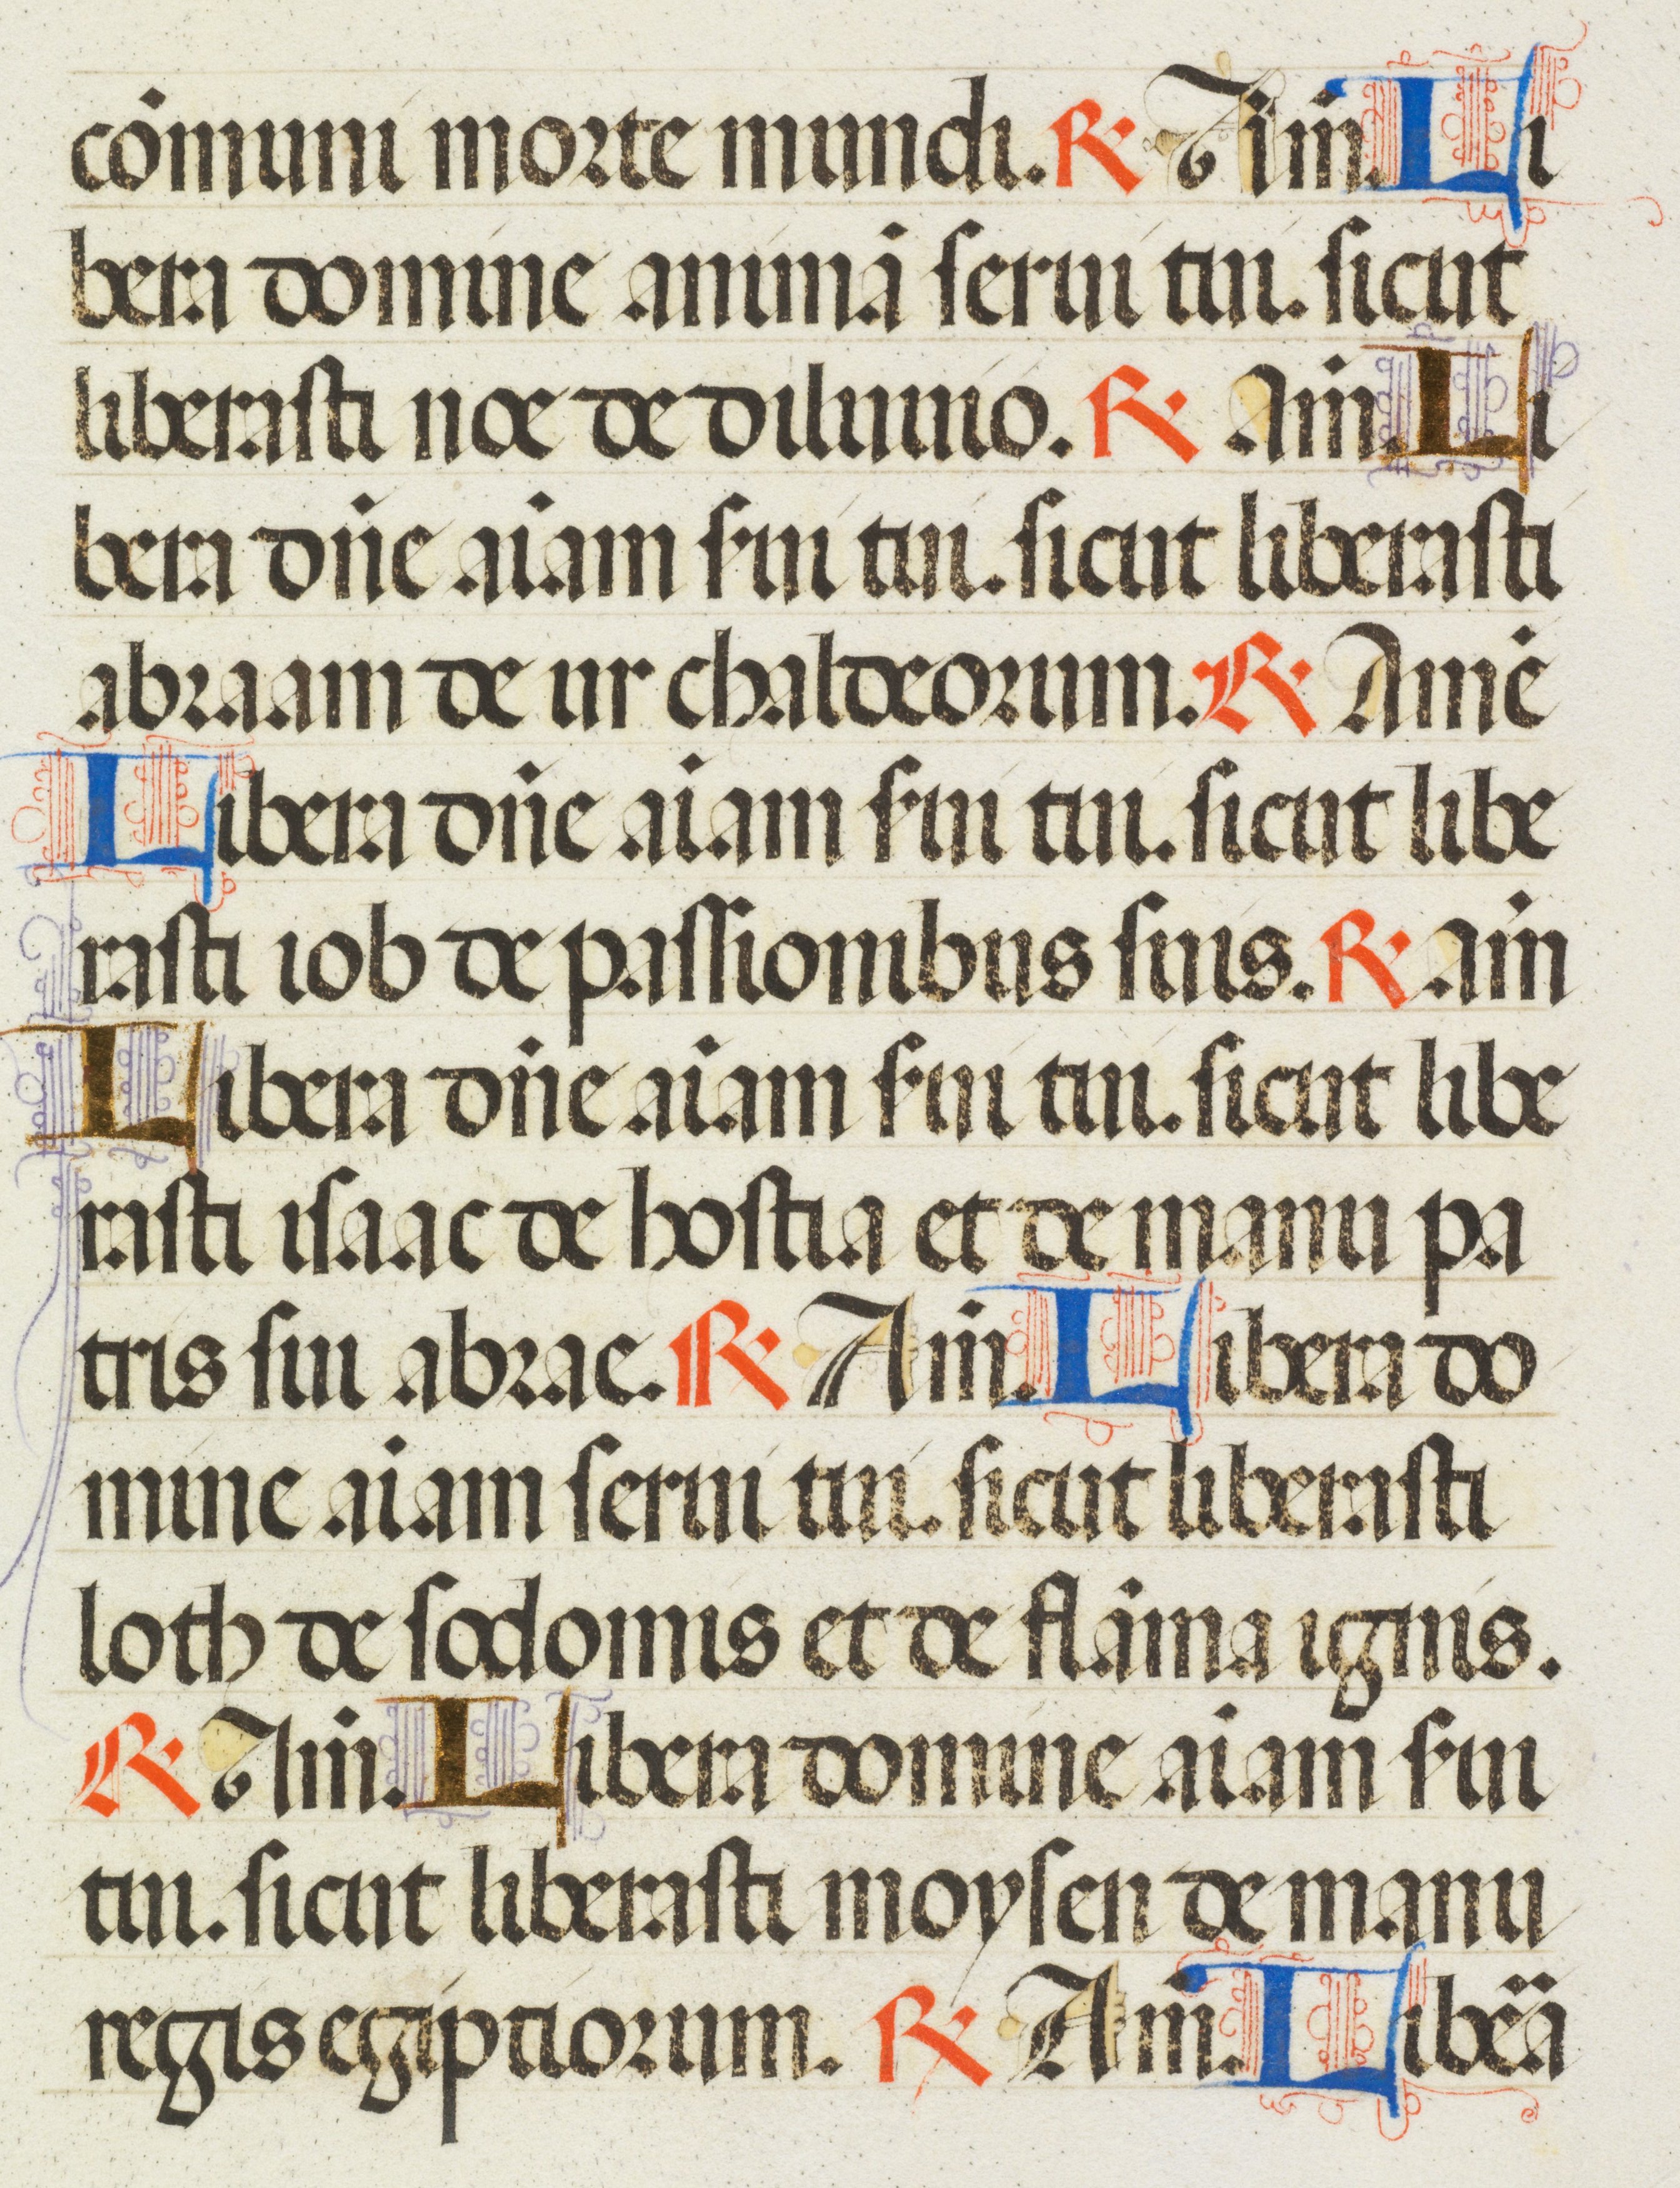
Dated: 1455–1599